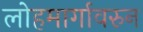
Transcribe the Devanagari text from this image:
लोहमार्गावरुन